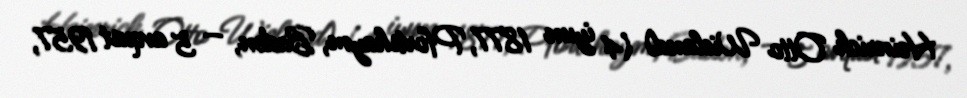
Heinrich Otto Wieland) (4 iyun 1877, Pfortshaym, Baden, — 5 avqust 1957,